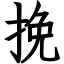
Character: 挽